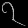
Digit: ၇